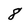
Character: 8